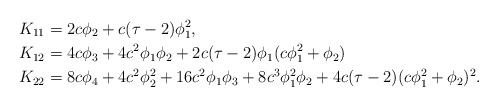
\begin{align*} K_{11} &= 2c\phi_2+c(\tau-2)\phi_1^2,\\ K_{12} & = 4c\phi_3 + 4 c^2\phi_1\phi_2 +2c(\tau-2)\phi_1(c\phi_1^2+\phi_2)\\ K_{22} &= 8c\phi_4 +4c^2\phi_2^2 + 16 c^2\phi_1\phi_3 +8 c^3\phi_1^2\phi_2+4c(\tau-2)(c\phi_1^2+\phi_2)^2.\end{align*}